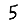
Digit: 5